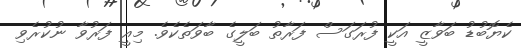
ކެޔޮބުޑު ބަވާޒީ އަކީ ފުރަގަސް ފަރާތު ބަލީގެ ބާވަތެކެވެ. މިއީ ފަރުވާ ނުކުރެވި